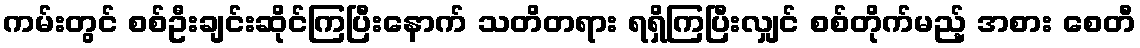
ကမ်းတွင် စစ်ဦးချင်းဆိုင်ကြပြီးနောက် သတိတရား ရရှိကြပြီးလျှင် စစ်တိုက်မည့် အစား စေတီ